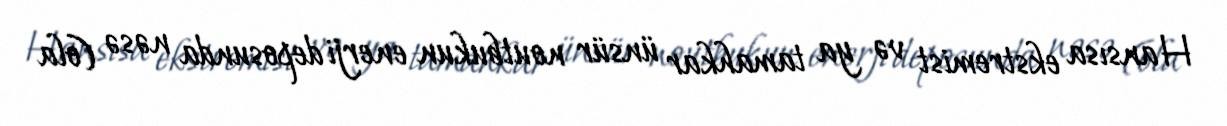
Hansısa ekstremist və ya tamahkar ünsür noutbukun enerji deposunda nəsə (ola